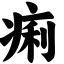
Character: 痢